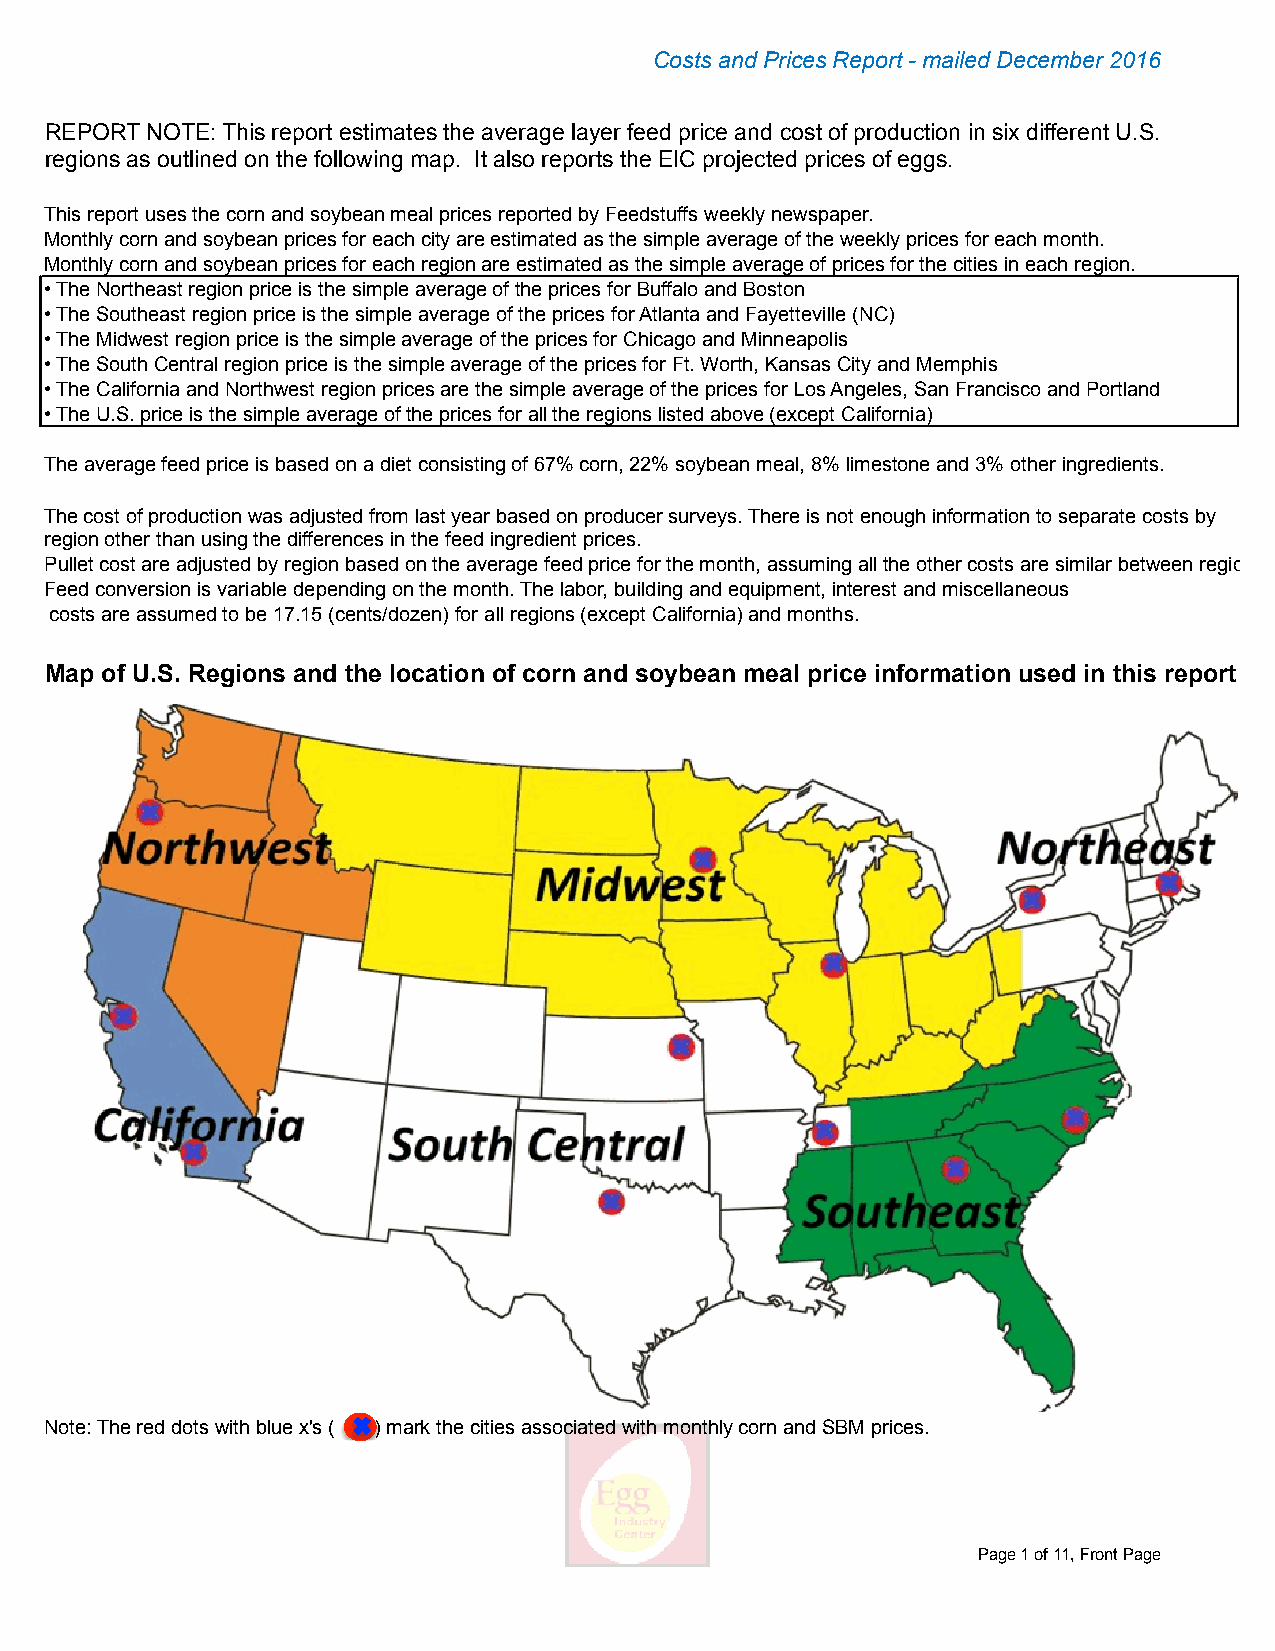
Costs and Prices Report - mailed December 2016
 REPORT NOTE: This report estimates the average layer feed price and cost of production in six different U.S.
 regions as outlined on the following map. It also reports the EIC projected prices of eggs.
 This report uses the corn and soybean meal prices reported by Feedstuffs weekly newspaper.
 Monthly corn and soybean prices for each city are estimated as the simple average of the weekly prices for each month.
 Monthly corn and soybean prices for each region are estimated as the simple average of prices for the cities in each region.
 • The Northeast region price is the simple average of the prices for Buffalo and Boston
 • The Southeast region price is the simple average of the prices for Atlanta and Fayetteville (NC)
 • The Midwest region price is the simple average of the prices for Chicago and Minneapolis
 • The South Central region price is the simple average of the prices for Ft. Worth, Kansas City and Memphis
 • The California and Northwest region prices are the simple average of the prices for Los Angeles, San Francisco and Portland
 • The U.S. price is the simple average of the prices for all the regions listed above (except California)
 The average feed price is based on a diet consisting of 67% corn, 22% soybean meal, 8% limestone and 3% other ingredients.
 The cost of production was adjusted from last year based on producer surveys. There is not enough information to separate costs by
 region other than using the differences in the feed ingredient prices.
 Pullet cost are adjusted by region based on the average feed price for the month, assuming all the other costs are similar between regions.
 Feed conversion is variable depending on the month. The labor, building and equipment, interest and miscellaneous
 costs are assumed to be 17.15 (cents/dozen) for all regions (except California) and months.
 Map of U.S. Regions and the location of corn and soybean meal price information used in this report
 Note: The red dots with blue x's ( ) mark the cities associated with monthly corn and SBM prices.
 Page 1 of 11, Front Page